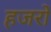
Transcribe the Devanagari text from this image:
हजरों